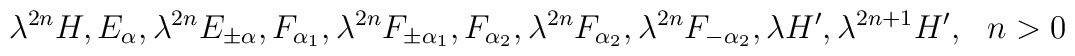
\lambda^{2n}H,E_\alpha, \lambda^{2n}E_{\pm\alpha}, F_{\alpha_1}, \lambda^{2n} F_{\pm\alpha_1}, F_{\alpha_2}, \lambda^{2n}F_{\alpha_2},\lambda^{2n}F_{-\alpha_2}, \lambda H',\lambda^{2n+1}H',~~n>0